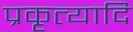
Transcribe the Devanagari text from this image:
प्रकृत्यादि